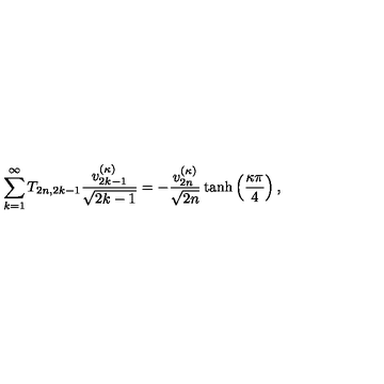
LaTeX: \sum _ { k = 1 } ^ { \infty } T _ { 2 n , 2 k - 1 } \frac { v _ { 2 k - 1 } ^ { ( \kappa ) } } { \sqrt { 2 k - 1 } } = - \frac { v _ { 2 n } ^ { ( \kappa ) } } { \sqrt { 2 n } } \tanh \left( \frac { \kappa \pi } { 4 } \right) ,